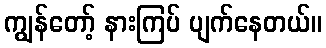
ကျွန်တော့် နားကြပ် ပျက်နေတယ်။